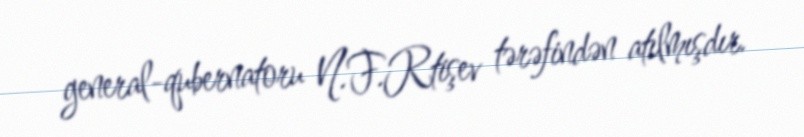
general-qubernatoru N.F.Rtişev tərəfindən atılmışdır.